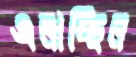
এলাচ্ছিল